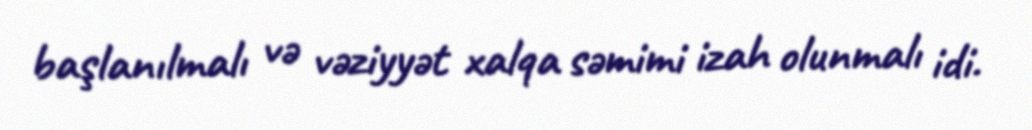
başlanılmalı və vəziyyət xalqa səmimi izah olunmalı idi.